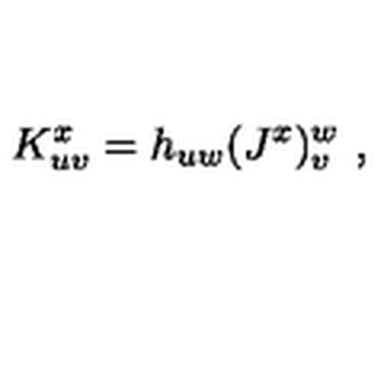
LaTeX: K _ { u v } ^ { x } = h _ { u w } ( J ^ { x } ) _ { v } ^ { w } \ ,